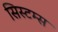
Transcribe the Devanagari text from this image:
सिस्‍टम्स